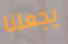
يجعلنا